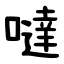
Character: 噠